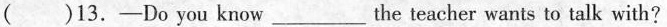
( )13. -Do you know ___ the teacher wants to talk with?